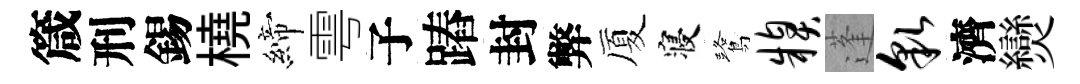
箴刑錫橈締雩子蹖封弊厦寝鷺糗蓬貌濟𤓖